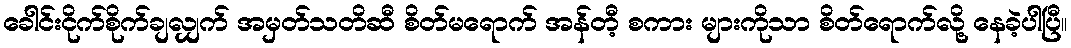
ခေါင်းငိုက်စိုက်ချလျှက် အမှတ်သတိဆီ စိတ်မရောက် အန်တီ့ စကား များကိုသာ စိတ်ရောက်လို့ နေခဲ့ပါပြီ။